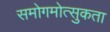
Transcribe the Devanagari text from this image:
समोगमोत्सुकता